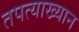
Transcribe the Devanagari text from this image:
तपत्याख्यान